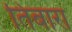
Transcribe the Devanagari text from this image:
तिबारा